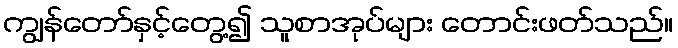
ကျွန်တော်နှင့်တွေ့၍ သူစာအုပ်များ တောင်းဖတ်သည်။